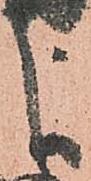
よ